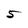
Character: 5